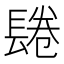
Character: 𨲏